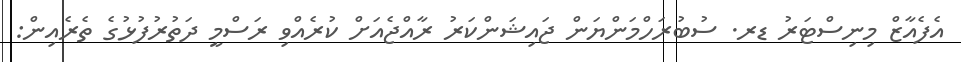
އެފެއާޒް މިނިސްޓަރު ޑރ. ސުބުރަހްމަންޔަން ޖައިޝަންކަރު ރާއްޖެއަށް ކުރެއްވި ރަސްމީ ދަތުރުފުޅުގެ ތެރެއިން: